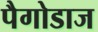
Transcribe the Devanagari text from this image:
पैगोडाज